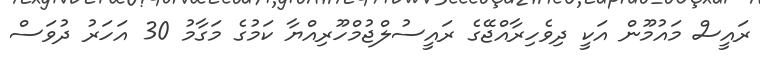
ރައީސް މައުމޫން އަކީ ދިވެހިރާއްޖޭގެ ރައީސުލްޖުމްހޫރިއްޔާ ކަމުގެ މަގާމު 30 އަހަރު ދުވަސް